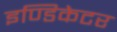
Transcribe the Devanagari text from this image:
इण्डिकेटर